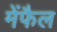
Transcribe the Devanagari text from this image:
मेंफैल